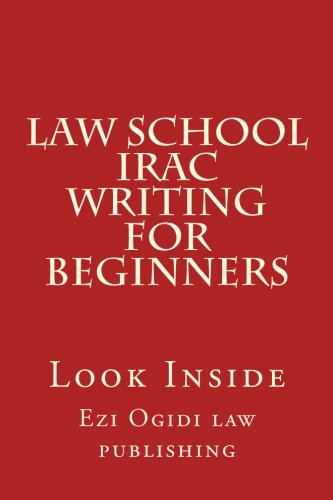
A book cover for Law School IRAC Writing For Beginners: Look Inside; Ezi Ogidi law publishing; Test Preparation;